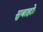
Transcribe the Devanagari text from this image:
सुबाहोः